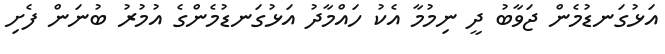
އަޅުގަނޑުމެން ޖަވާބު ދީ ނިމުމާ އެކު ހައްމާދު އަޅުގަނޑުމެންގެ އުމުރު ބުނަން ފެށި